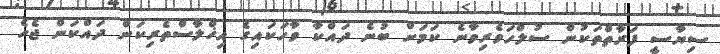
ސިޔާސީ ފަރާތްތަކުން ސުލްހަވެރިވާނެ ކަމަށް ބުނެ ދައްކާ ވާހަކައިގެ އިޚްލާސްތެރިކަން ދައްކަން ޖެހެ